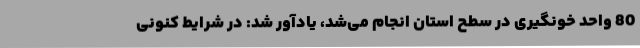
80 واحد خونگیری در سطح استان انجام می‌شد، یادآور شد: در شرایط کنونی